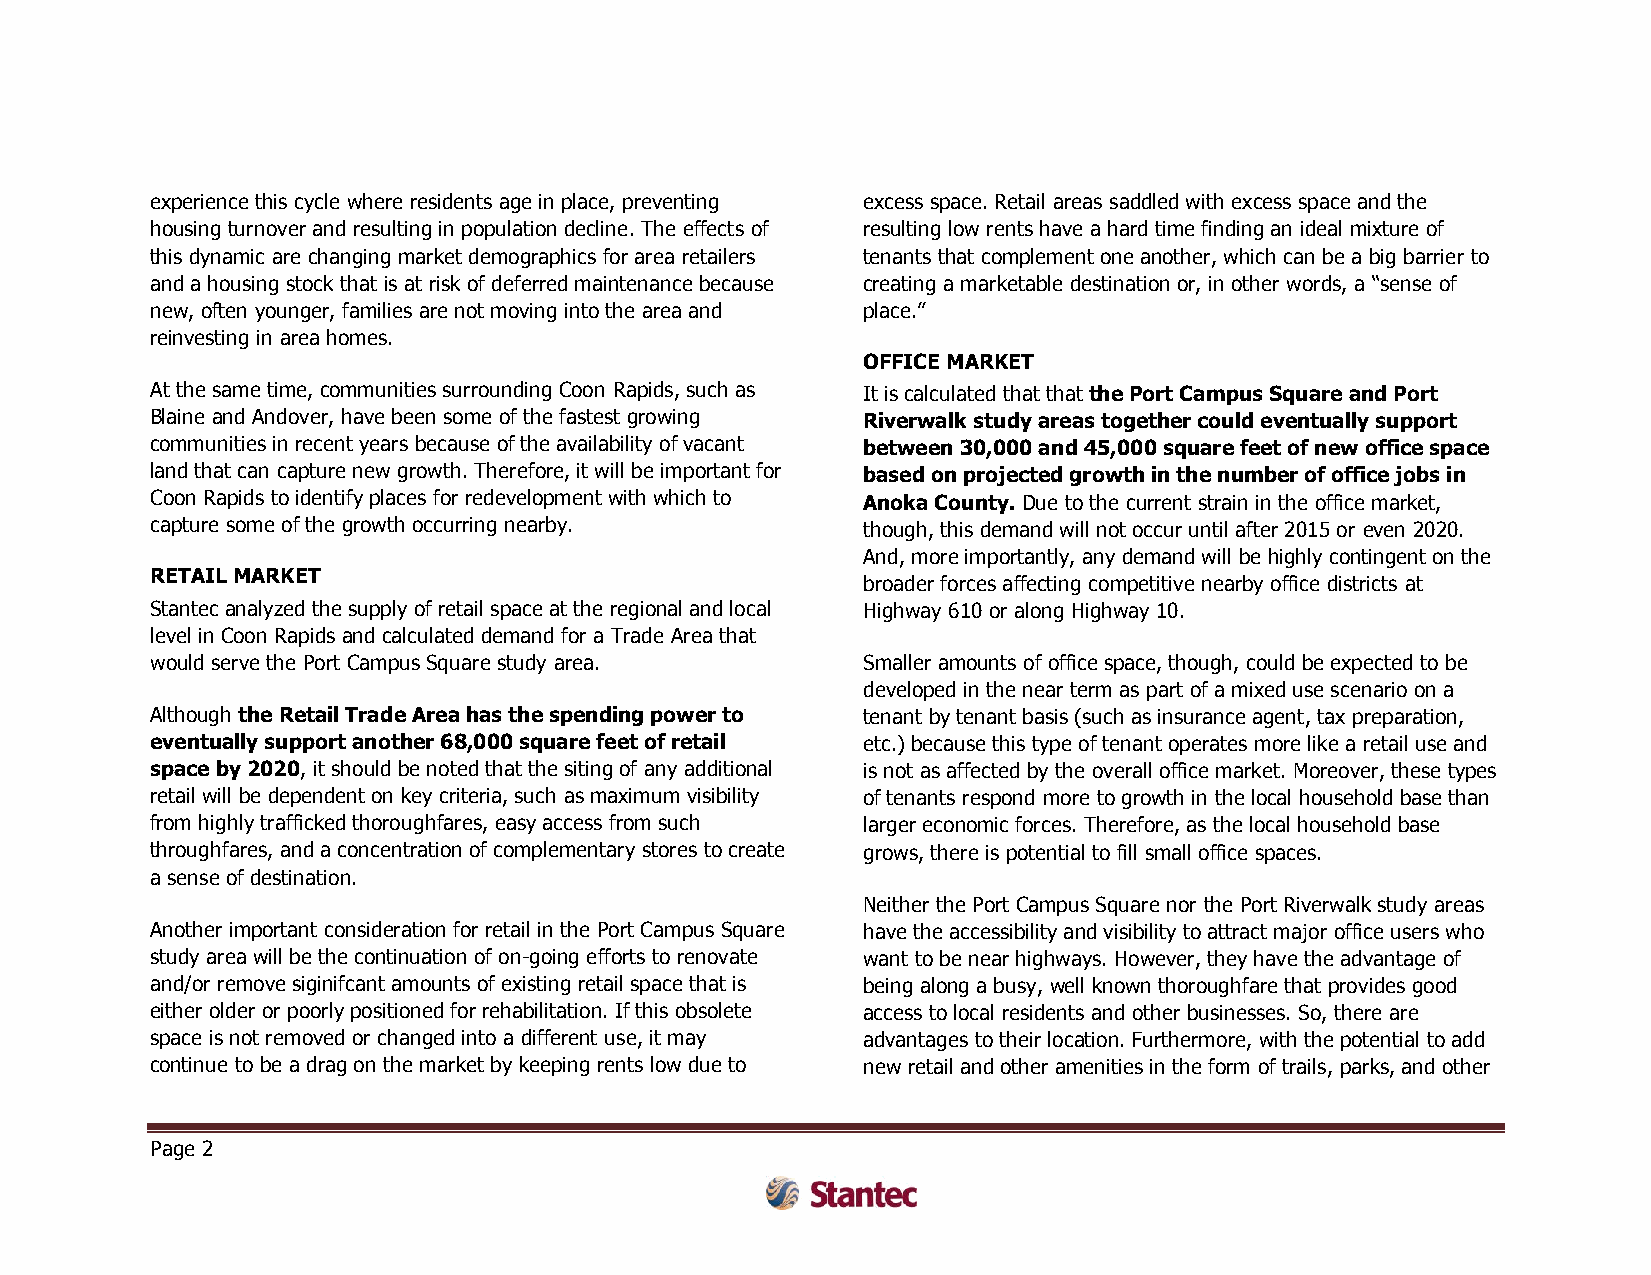
experience this cycle where residents age in place, preventing excess space. Retail areas saddled with excess space and the
 housing turnover and resulting in population decline. The effects of resulting low rents have a hard time finding an ideal mixture of
 this dynamic are changing market demographics for area retailers tenants that complement one another, which can be a big barrier to
 and a housing stock that is at risk of deferred maintenance because creating a marketable destination or, in other words, a “sense of
 new, often younger, families are not moving into the area and place.”
 reinvesting in area homes.
 OFFICE MARKET
 At the same time, communities surrounding Coon Rapids, such as It is calculated that that the Port Campus Square and Port
 Blaine and Andover, have been some of the fastest growing Riverwalk study areas together could eventually support
 communities in recent years because of the availability of vacant between 30,000 and 45,000 square feet of new office space
 land that can capture new growth. Therefore, it will be important for based on projected growth in the number of office jobs in
 Coon Rapids to identify places for redevelopment with which to Anoka County. Due to the current strain in the office market,
 capture some of the growth occurring nearby.   though, this demand will not occur until after 2015 or even 2020.
 And, more importantly, any demand will be highly contingent on the
 RETAIL MARKET
 broader forces affecting competitive nearby office districts at
 Stantec analyzed the supply of retail space at the regional and local Highway 610 or along Highway 10.
 level in Coon Rapids and calculated demand for a Trade Area that
 would serve the Port Campus Square study area. Smaller amounts of office space, though, could be expected to be
 developed in the near term as part of a mixed use scenario on a
 Although the Retail Trade Area has the spending power to tenant by tenant basis (such as insurance agent, tax preparation,
 eventually support another 68,000 square feet of retail etc.) because this type of tenant operates more like a retail use and
 space by 2020, it should be noted that the siting of any additional is not as affected by the overall office market. Moreover, these types
 retail will be dependent on key criteria, such as maximum visibility of tenants respond more to growth in the local household base than
 from highly trafficked thoroughfares, easy access from such larger economic forces. Therefore, as the local household base
 throughfares, and a concentration of complementary stores to create grows, there is potential to fill small office spaces.
 a sense of destination.
 Neither the Port Campus Square nor the Port Riverwalk study areas
 Another important consideration for retail in the Port Campus Square have the accessibility and visibility to attract major office users who
 study area will be the continuation of on-going efforts to renovate want to be near highways. However, they have the advantage of
 and/or remove siginifcant amounts of existing retail space that is being along a busy, well known thoroughfare that provides good
 either older or poorly positioned for rehabilitation. If this obsolete access to local residents and other businesses. So, there are
 space is not removed or changed into a different use, it may advantages to their location. Furthermore, with the potential to add
 continue to be a drag on the market by keeping rents low due to new retail and other amenities in the form of trails, parks, and other
 Page 2